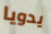
يدويا